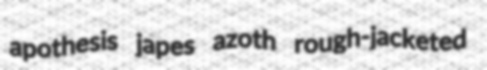
apothesis japes azoth rough-jacketed